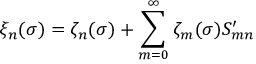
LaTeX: \xi _ { n } ( \sigma ) = \zeta _ { n } ( \sigma ) + \sum _ { m = 0 } ^ { \infty } \zeta _ { m } ( \sigma ) S _ { m n } ^ { \prime }